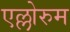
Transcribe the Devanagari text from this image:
एल्लोरुम